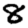
Digit: 8